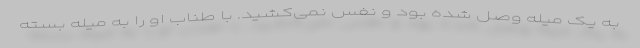
به یک میله وصل شده بود و نفس نمی‌کشید. با طناب او را به میله بسته